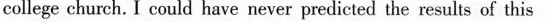
college church. _I could have never predictel the resuls of this